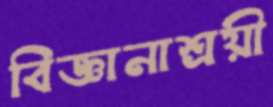
বিজ্ঞানাশ্রয়ী